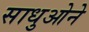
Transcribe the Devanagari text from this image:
साधुओने